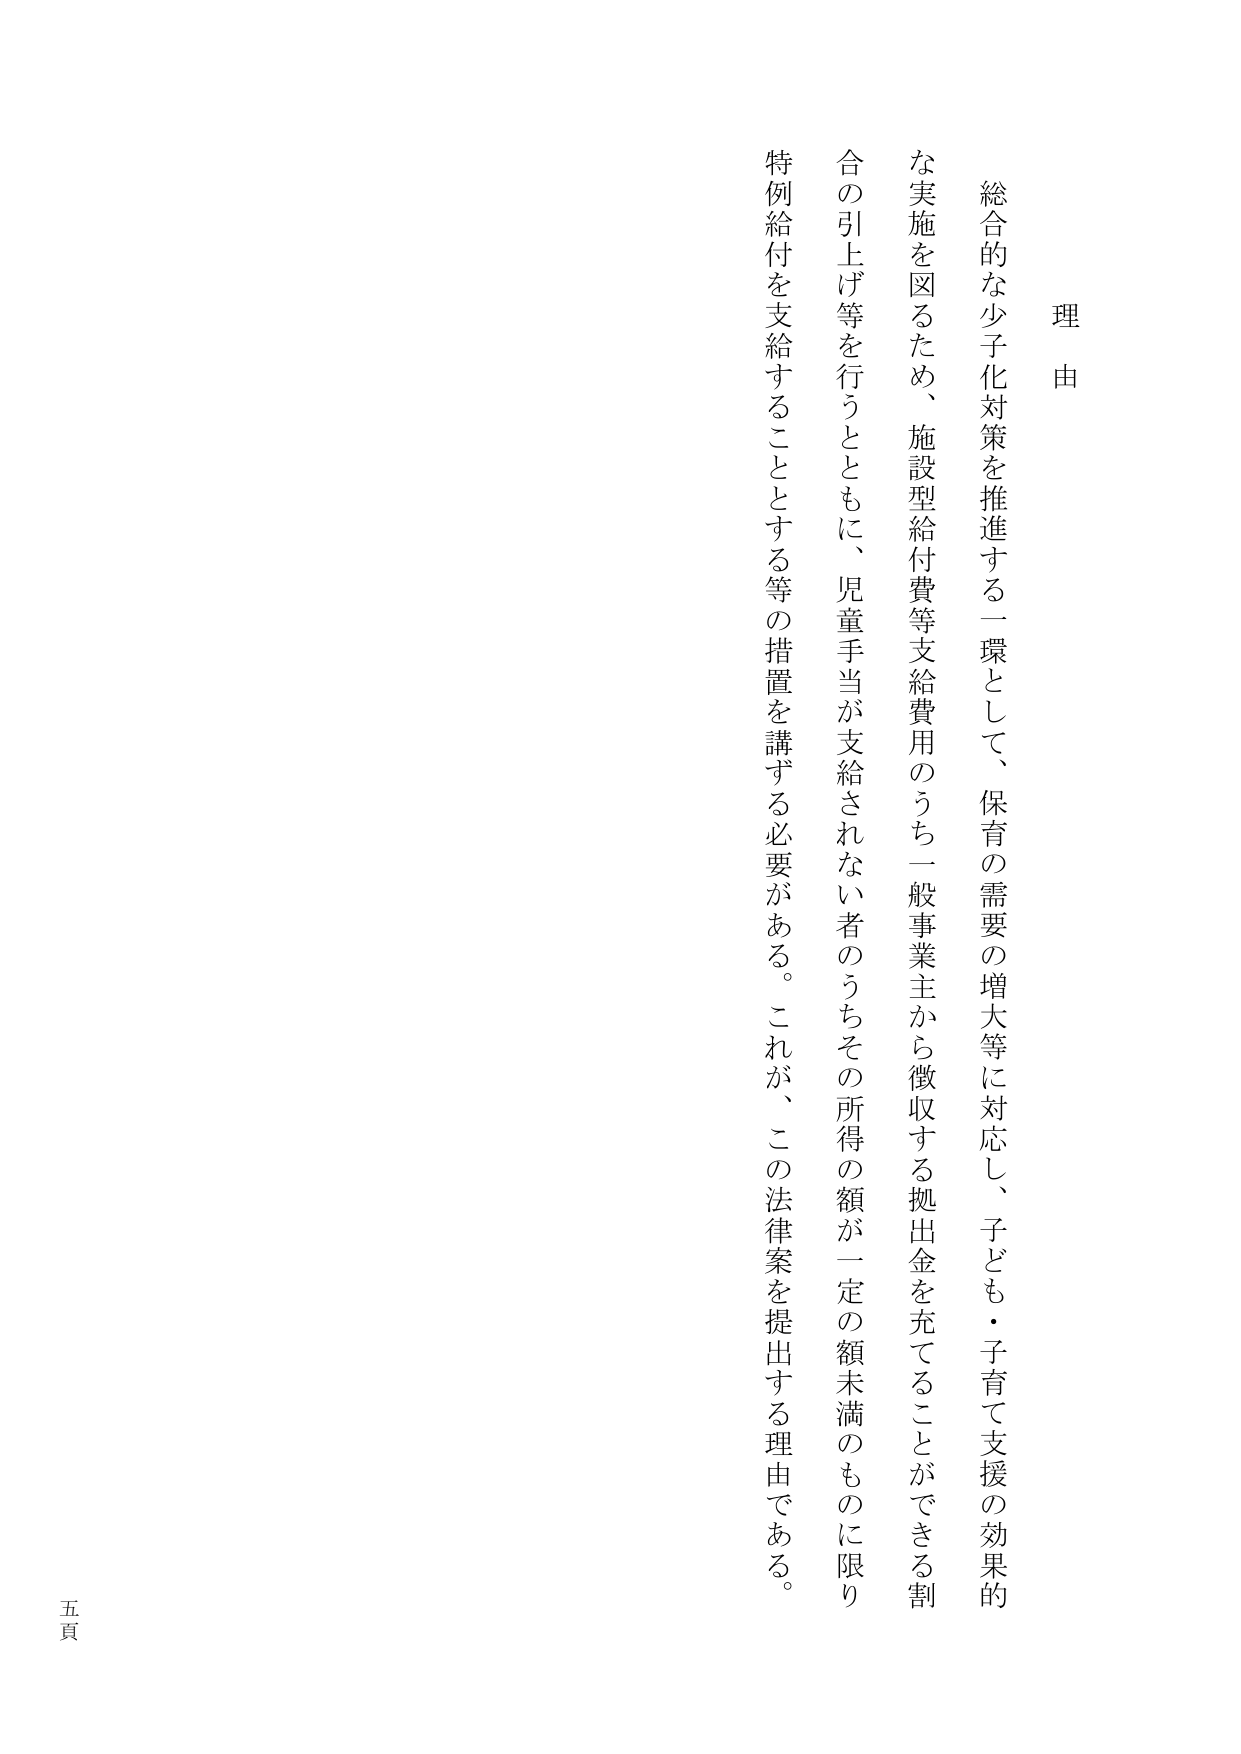
理由

総合的な少子化対策を推進する一環として、保育の需要の増大等に対応し、子ども・子育て支援の効果的な実施を図るため、施設型給付費等支給費用のうち一般事業主から徴収する拠出金を充てることができる割合の引上げ等を行うとともに、児童手当が支給されない者のうちその所得の額が一定の額未満のものに限り特例給付を支給することとする等の措置を講ずる必要がある。これが、この法律案を提出する理由である。

五頁